Investigations on Bengal jail dietaries - Number 37
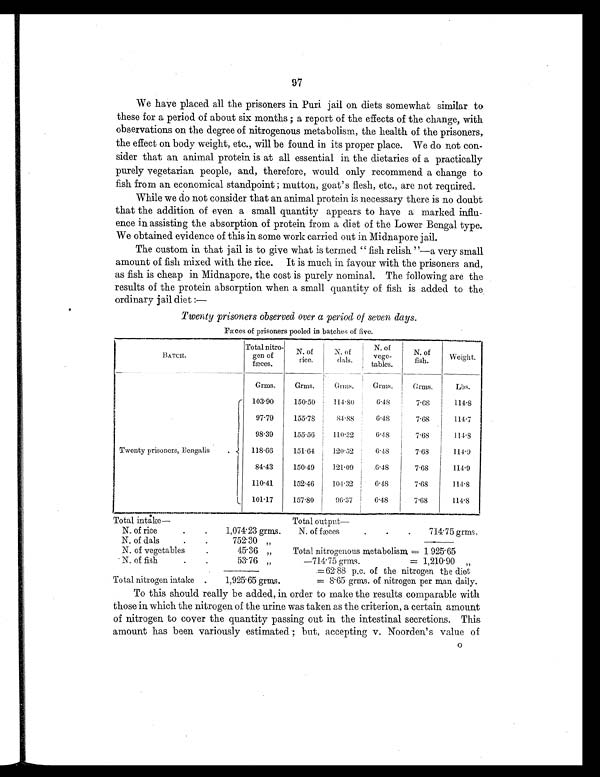
97
We have placed all the prisoners in Puri jail on diets somewhat similar to
these for a period of about six months ; a report of the effects of the change, with
observations on the degree of nitrogenous metabolism, the health of the prisoners,
the effect on body weight, etc., will be found in its proper place. We do not con-
sider that an animal protein is at all essential in the dietaries of a practically
purely vegetarian people, and, therefore, would only recommend a change to
fish from an economical standpoint ; mutton, goat's flesh, etc., are not required.
While we do not consider that an animal protein is necessary there is no doubt
that the addition of even a small quantity appears to have a marked influ-
ence in assisting the absorption of protein from a diet of the Lower Bengal type.
We obtained evidence of this in some work carried out in Midnapore jail.
The custom in that jail is to give what is termed " fish relish "—a very small
amount of fish mixed with the rice. It is much in favour with the prisoners and,
as fish is cheap in Midnapore, the cost is purely nominal. The following are the
results of the protein absorption when a small quantity of fish is added to the
ordinary jail diet:—
Twenty prisoners observed over a period of seven days.
Fæces of prisoners pooled in batches of five.
BATCH.
Total nitro-
gen of
fæces.
N. of
rice.
N. of
dals.
N. of
vege-
tables.
N. of
fish.
Weight.
Grms.
Grms.
Grms.
Grms.
Grms.
Lbs.
Twenty prisoners, Bengalis
.
103.90
150.50
114.80
6.48
7.68
114.8
97.79
155.78
84.88
6.48
7.68
114.7
98.39
155.56
110.32
6.48
7.68
114.8
118.66
151.64
120.52
6.48
7.68
114.9
84.43
150.49
121.09
6.48
7.68
114.9
110.41
152.46
104.32
6.48
7.68
114.8
101.17
157.80
96.37
6.48
7.68
114.8
Total intake—
Total output
—
N. of rice
.
.
1,074.23 grms. N. of fæces
.
.
.
714.75 grms.
N. of dals
.
.
752.30 „
N. of vegetables
.
45.36 „
Total nitrogenous metabolism = 1 925.65
N. of fish
.
.
53.76 „
—714.75 grms.
= 1,210.90 „
= 62.88 p.c. of the nitrogen the diet
Total nitrogen intake .
1,925.65 grms.
= 8.65 grms. of nitrogen per man daily.
To this should really be added, in order to make the results comparable with
those in which the nitrogen of the urine was taken as the criterion, a certain amount
of nitrogen to cover the quantity passing out in the intestinal secretions. This
amount has been variously estimated ; but, accepting v. Noorden's value of
O